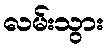
လမ်းသွား